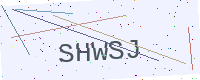
Text: SHWSJ